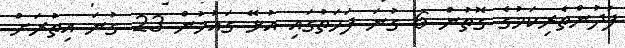
ފުދުންތެރިކަމުގެ ގޮތުން 6 ގުނަ ފަހަތުގައި އުޅޭ ގައުމުން 23 ގުނަ އިތުރަށް